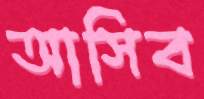
আসিব